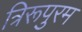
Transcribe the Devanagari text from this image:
त्रिरूपुरम